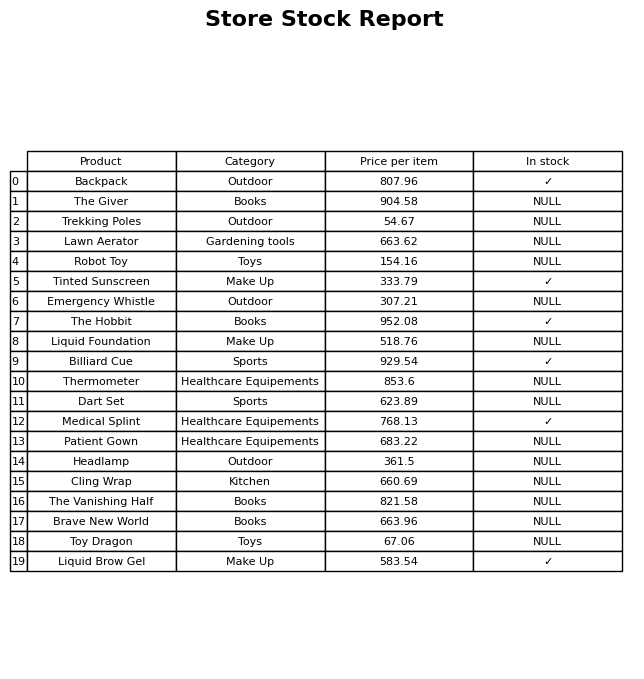
question: What is the price of the The Hobbit?
answer: The price of The Hobbit is 952.08.